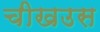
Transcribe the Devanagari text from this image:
चीखउस